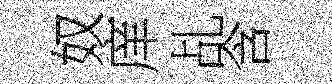
奴庠乩含